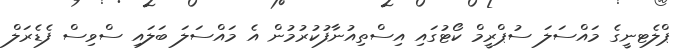
ޕްލެޓނީގެ މައްސަލަ ސުޕްރީމް ކޯޓުގައި އިސްތިއުނާފުކުރުމުން އެ މައްސަލަ ބަލައި ސްވިސް ފެޑެރަލް